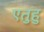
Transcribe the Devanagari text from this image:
एतुहु